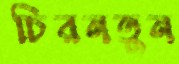
চিরনতুন